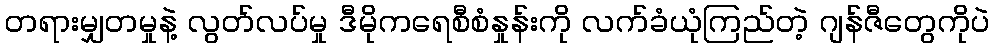
တရားမျှတမှုနဲ့ လွတ်လပ်မှု ဒီမိုကရေစီစံနှုန်းကို လက်ခံယုံကြည်တဲ့ ဂျန်ဇီတွေကိုပဲ